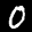
Label: 0